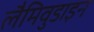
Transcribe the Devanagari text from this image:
लैमिवुडाइन